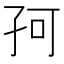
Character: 𡥚